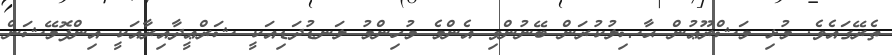
ތެރޭގައެވެ. މުޅި މަޝްރޫޢުން ޙާޞިލުކުރަން ބޭނުންވި އެންމެ މުހިންމު ލަނޑުދަޑިއަކީ ޝަރްޢީދާއިރާއަކީ އިންފޮމޭޝަން